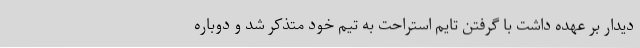
دیدار بر عهده داشت با گرفتن تایم استراحت به تیم خود متذکر شد و دوباره